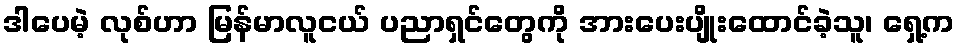
ဒါပေမဲ့ လုစ်ဟာ မြန်မာလူငယ် ပညာရှင်တွေကို အားပေးပျိုးထောင်ခဲ့သူ၊ ရှေ့က